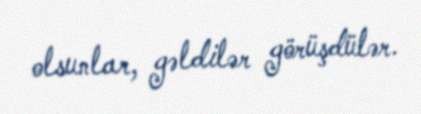
olsunlar, gəldilər görüşdülər.